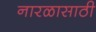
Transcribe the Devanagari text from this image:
नारळासाठी